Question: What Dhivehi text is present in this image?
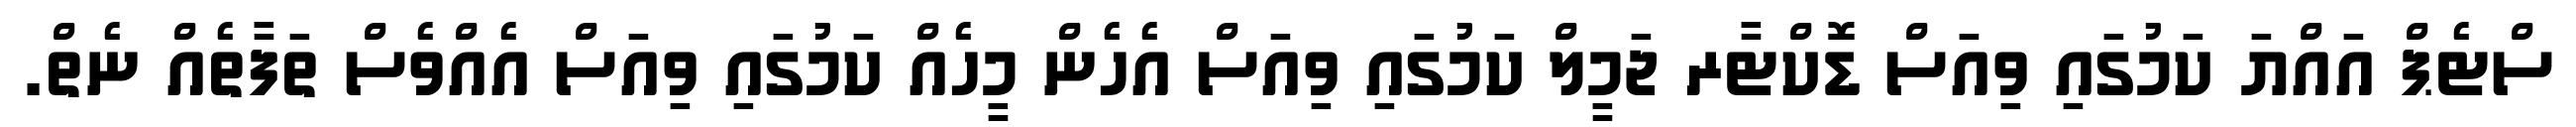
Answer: ސްޓެޕް އައްޔަ ކަމުގައި ވިއަސް ޑޮކްޓާރ ޖަމީލް ކަމުގައި ވިއަސް އެހެން މީހެއް ކަމުގައި ވިއަސް އެއްވެސް ތަފާތެއް ނެތް.